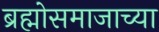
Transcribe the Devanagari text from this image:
ब्रह्मोसमाजाच्या